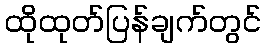
ထိုထုတ်ပြန်ချက်တွင်